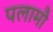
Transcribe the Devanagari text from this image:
पलामौ